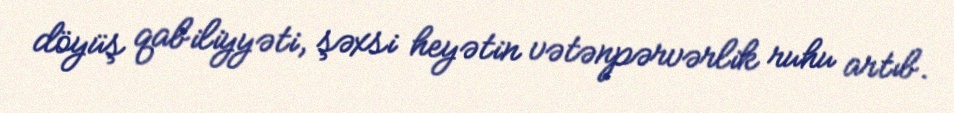
döyüş qabiliyyəti, şəxsi heyətin vətənpərvərlik ruhu artıb.